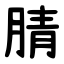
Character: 腈